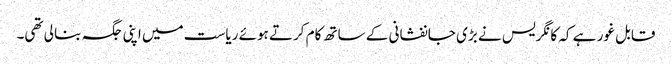
قابل غور ہے کہ کانگریس نے بڑی جانفشانی کے ساتھ کام کرتے ہوئے ریاست میں اپنی جگہ بنا لی تھی۔